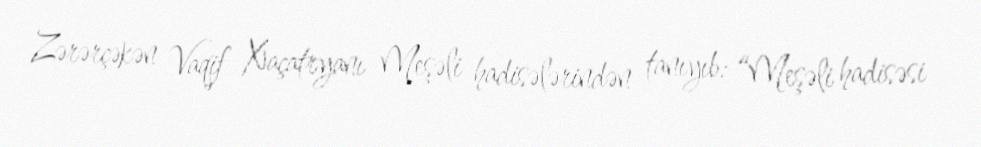
Zərərçəkən Vaqif Xaçatryanı Meşəli hadisələrindən tanıyıb: “Meşəli hadisəsi